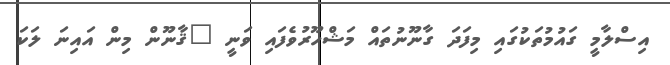
އިސްލާމީ ގައުމުތަކުގައި މިފަދަ ގާނޫނުތައް މަޝްހޫރުވެފައި ވަނީ "ޤާނޫން މިން އައިނަ ލަކަ